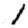
Digit: 1